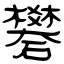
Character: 礬